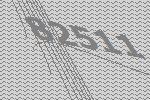
82511